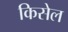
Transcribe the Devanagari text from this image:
किसेल